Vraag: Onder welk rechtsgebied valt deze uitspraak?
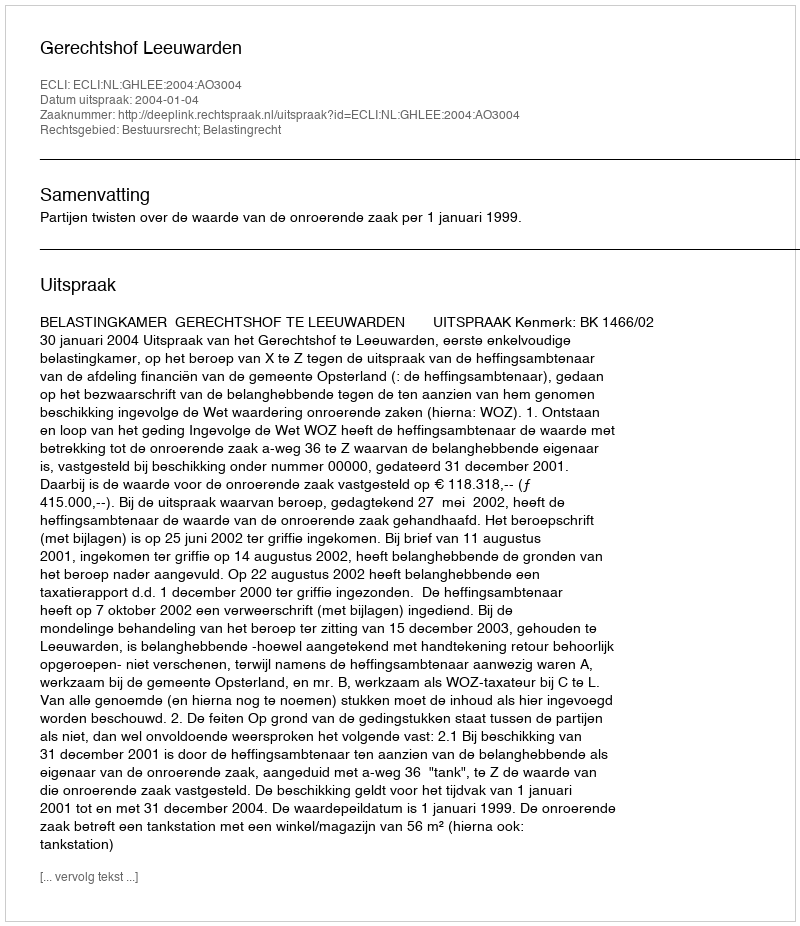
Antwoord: Bestuursrecht; Belastingrecht